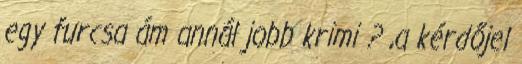
egy furcsa ám annál jobb krimi ? ,a kérdőjel